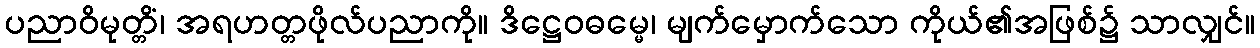
ပညာဝိမုတ္တိံ၊ အရဟတ္တဖိုလ်ပညာကို။ ဒိဋ္ဌေဝဓမ္မေ၊ မျက်မှောက်သော ကိုယ်၏အဖြစ်၌ သာလျှင်။